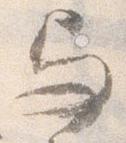
与